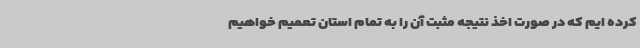
کرده ایم که در صورت اخذ نتیجه مثبت آن را به تمام استان تعمیم خواهیم